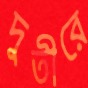
দুতীরে